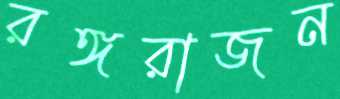
রঙ্গরাজন